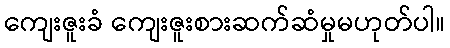
ကျေးဇူးခံ ကျေးဇူးစားဆက်ဆံမှုမဟုတ်ပါ။